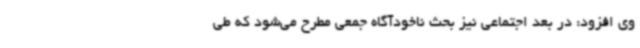
وی افزود: در بعد اجتماعی نیز بحث ناخودآگاه جمعی مطرح می‌شود که طی